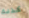
كذلك